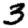
Digit: 3